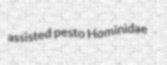
assisted pesto Hominidae